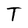
Character: T